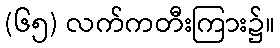
(၆၅) လက်ကတီးကြား၌။